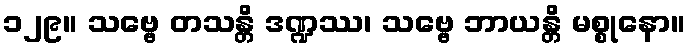
၁၂၉။ သဗ္ဗေ တသန္တိ ဒဏ္ဍဿ၊ သဗ္ဗေ ဘာယန္တိ မစ္စုနော။